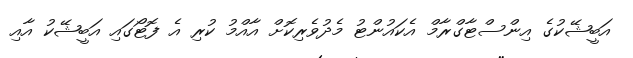
އަބީޝޭކުގެ އިންސްޓާގްރާމް އެކައުންޓު މެދުވެރިކޮށް އާއްމު ކުރި އެ ފޮޓޯގައި އަބީޝޭކު އާއި